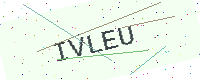
Text: IVLEU